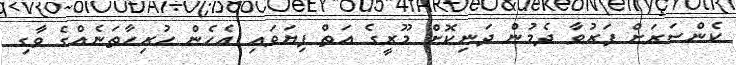
ކެންސަރަށް ފަރުވާ ދެމުން ދަނިކޮށް މޫރީގެ އަތް ފިޔަވައި އެހެން ހުރިހާތަނެއްގެ ވާގި